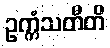
ဥက္ကံသတီတိ